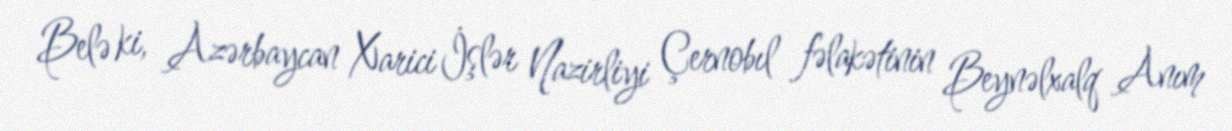
Belə ki, Azərbaycan Xarici İşlər Nazirliyi Çernobıl fəlakətinin Beynəlxalq Anım